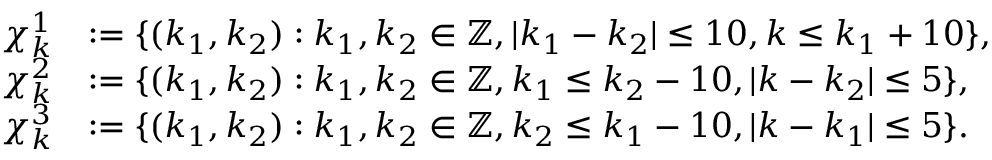
\begin{array} { r l } { \chi _ { k } ^ { 1 } } & { : = \{ ( k _ { 1 } , k _ { 2 } ) : k _ { 1 } , k _ { 2 } \in \mathbb { Z } , | k _ { 1 } - k _ { 2 } | \leq 1 0 , k \leq k _ { 1 } + 1 0 \} , } \\ { \chi _ { k } ^ { 2 } } & { : = \{ ( k _ { 1 } , k _ { 2 } ) : k _ { 1 } , k _ { 2 } \in \mathbb { Z } , k _ { 1 } \leq k _ { 2 } - 1 0 , | k - k _ { 2 } | \leq 5 \} , } \\ { \chi _ { k } ^ { 3 } } & { : = \{ ( k _ { 1 } , k _ { 2 } ) : k _ { 1 } , k _ { 2 } \in \mathbb { Z } , k _ { 2 } \leq k _ { 1 } - 1 0 , | k - k _ { 1 } | \leq 5 \} . } \end{array}